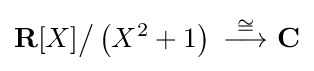
\mathbf {R} [X]{\big /}\left(X^{2}+1\right)\ {\stackrel {\cong }{\longrightarrow }}\ \mathbf {C}